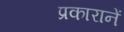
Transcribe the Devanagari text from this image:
प्रकारानें